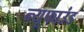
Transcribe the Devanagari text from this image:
न्यूफाउंड